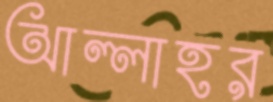
আল্লাহর